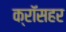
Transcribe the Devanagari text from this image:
क्रॉसहर